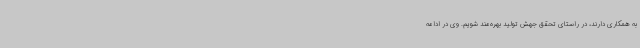
به همکاری دارند، در راستای تحقق جهش تولید بهره‌مند شویم. وی در ادامه